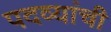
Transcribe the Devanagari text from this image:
पदव्यांची